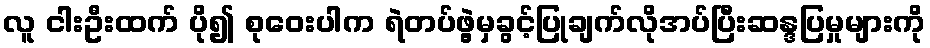
လူ ငါးဦးထက် ပို၍ စုဝေးပါက ရဲတပ်ဖွဲ့မှခွင့်ပြုချက်လိုအပ်ပြီးဆန္ဒပြမှုများကို